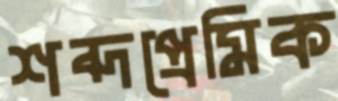
শব্দপ্রেমিক